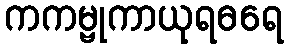
ကကမ္ဗုကာယုရဓရေ